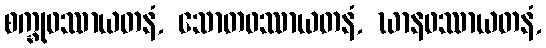
စက္ခုဖဿာယတနံ, သောတဖဿာယတနံ, ဃာနဖဿာယတနံ,